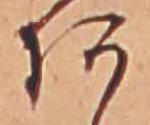
あ